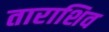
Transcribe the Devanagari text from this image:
ताराशिव